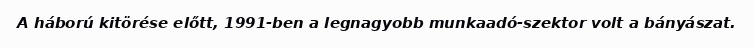
A háború kitörése előtt, 1991-ben a legnagyobb munkaadó-szektor volt a bányászat.